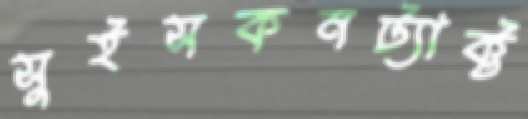
সুইসকনট্যাক্ট